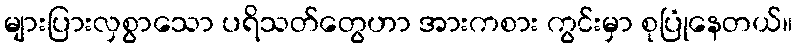
များပြားလှစွာသော ပရိသတ်တွေဟာ အားကစား ကွင်းမှာ စုပြုံနေတယ်။